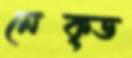
নেক্ড